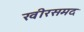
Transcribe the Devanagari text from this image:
खीरसमद